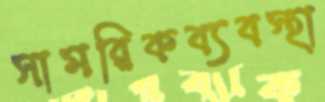
সামরিকব্যবস্থা